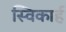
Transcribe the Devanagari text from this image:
स्विकार्ह